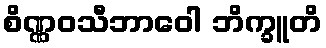
စိဏ္ဏဝသီဘာဝေါ ဘိက္ခူတိ